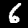
Label: 6